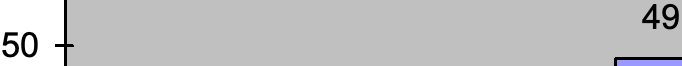
49 50